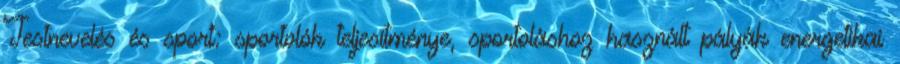
Testnevelés és sport: sportolók teljesítménye, sportoláshoz használt pályák energetikai